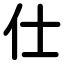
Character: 仕